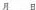
月日